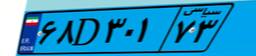
۶۵D۰۹۳۸۹